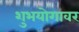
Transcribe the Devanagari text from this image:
शुभयोगावर